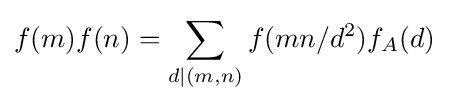
f(m)f(n)=\sum _{d\mid (m,n)}f(mn/d^{2})f_{A}(d)